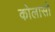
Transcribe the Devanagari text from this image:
कोलासो